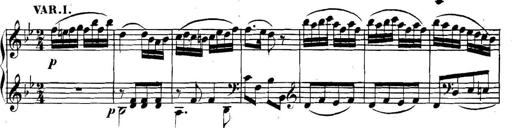
Title: Collected Piano Sonatas
Composer: Muzio Clementi